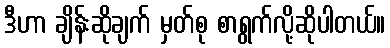
ဒီဟာ ချိန်းဆိုချက် မှတ်စု စာရွက်လို့ဆိုပါတယ်။